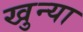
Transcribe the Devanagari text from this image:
खुन्या